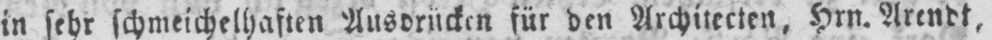
in sehr schmeichelhaften Ausdrücken für den Architekten, Hrn. Arendt,